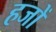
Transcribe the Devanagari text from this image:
हजों